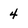
Character: 4